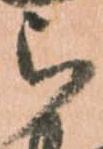
被